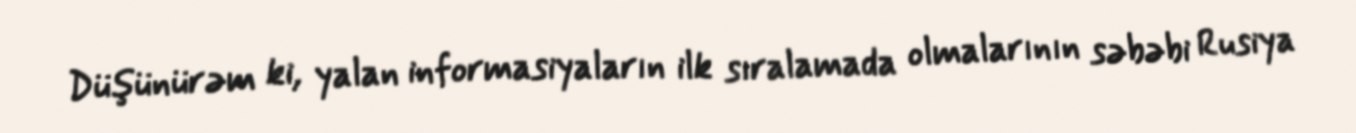
Düşünürəm ki, yalan informasiyaların ilk sıralamada olmalarının səbəbi Rusiya